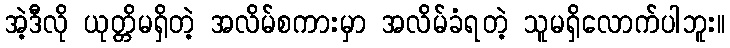
အဲ့ဒီလို ယုတ္တိမရှိတဲ့ အလိမ်စကားမှာ အလိမ်ခံရတဲ့ သူမရှိလောက်ပါဘူး။